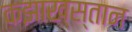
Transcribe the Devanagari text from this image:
कझाख्स्तान